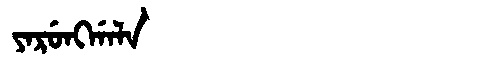
Manchu: ᠶᠠᡵᡠᠩᡤᠠᠯᠠ
Romanization: YARUNGGALA